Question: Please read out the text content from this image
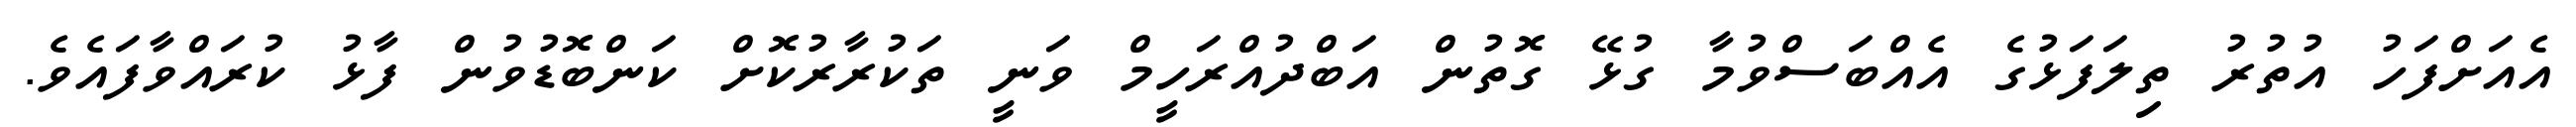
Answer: އެއަށްފަހު އުތުރު ތިލަފަޅުގެ އެއްބަސްވުމާ ގުޅޭ ގޮތުން އަބްދުއްރަހީމް ވަނީ ތަކުރާރުކޮށް ކަންބޮޑުވުން ފާޅު ކުރައްވާފައެވެ.